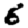
Digit: 6